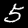
Digit: 5